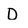
Character: D